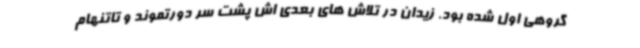
گروهی اول شده بود. زیدان در تلاش های بعدی اش پشت سر دورتموند و تاتنهام